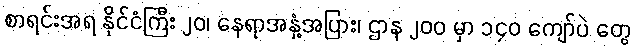
စာရင်းအရ နိုင်ငံကြီး ၂၀၊ နေရာအနှံ့အပြား၊ ဌာန ၂၀၀ မှာ ၁၄၀ ကျော်ပဲ တွေ